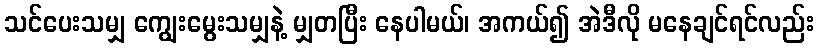
သင်ပေးသမျှ ကျွေးမွေးသမျှနဲ့ မျှတပြီး နေပါမယ်၊ အကယ်၍ အဲဒီလို မနေချင်ရင်လည်း